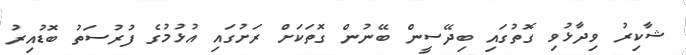
ޝާކިރު ވިދާޅުވި ގޮތުގައި ބިދޭސީން ބޭނުން ގޮތަކަށް ރަށުގައި އުޅުމުގެ ފުރުސަތު ބޮޑުއިރު